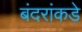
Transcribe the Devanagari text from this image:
बंदरांकडे